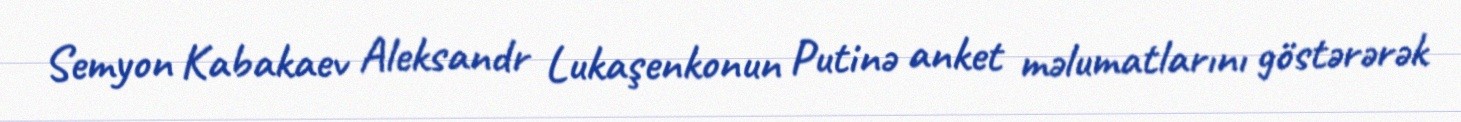
Semyon Kabakaev Aleksandr Lukaşenkonun Putinə anket məlumatlarını göstərərək